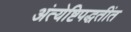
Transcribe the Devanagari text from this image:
अंत्येष्टिपद्धतींत